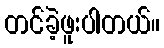
တင်ခဲ့ဖူးပါတယ်။